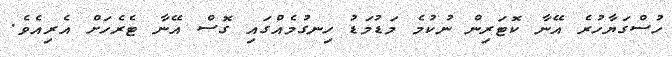
ހުސްގަޔާހުރެ އޭނާ ކޮޓަރިން ނުކުމެ މަޑުމަޑު ހިނގުމެއްގައި ގޮސް އޭނާ ޓެރެހަށް އެރިއެވެ.